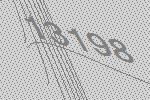
13198